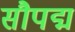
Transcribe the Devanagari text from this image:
सौपद्म